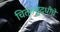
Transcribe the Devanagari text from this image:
चित्तशुद्धीचे